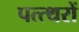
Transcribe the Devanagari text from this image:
पत्त्थरों